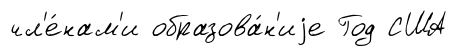
чл'е́нам'и образова́н'иjе Год США